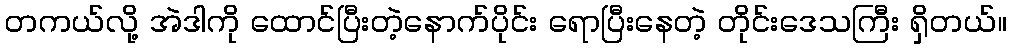
တကယ်လို့ အဲဒါကို ထောင်ပြီးတဲ့နောက်ပိုင်း ရောပြီးနေတဲ့ တိုင်းဒေသကြီး ရှိတယ်။